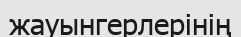
жауынгерлерінің